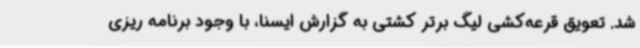
شد. تعویق قرعه‌کشی لیگ برتر کشتی به گزارش ایسنا، با وجود برنامه ریزی